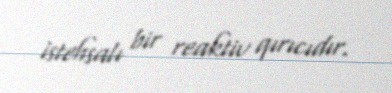
istehsalı bir reaktiv qırıcıdır.